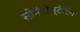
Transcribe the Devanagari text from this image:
सोमॅटोस्टॅटिन